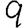
Digit: 9